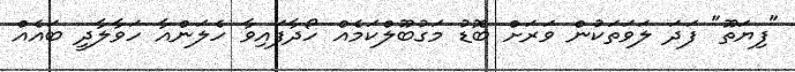
"ފިޔަތޫ" ފަދަ ލަވަތަކުން ވަރަށް ބޮޑު މަގުބޫލްކަމެއް ހޯދާފައިވާ ހެލަންއާ ހަވާލާދީ ބައެއް